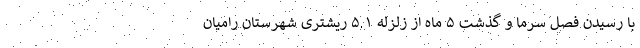
با رسیدن فصل سرما و گذشت ۵ ماه از زلزله ۵.۱ ریشتری شهرستان رامیان